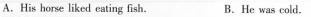
A.His horse liked eating fish, B.He was cold.